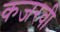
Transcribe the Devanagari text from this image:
कजरवी